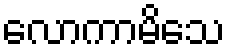
လောကာမိသေ